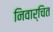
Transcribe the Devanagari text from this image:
निवार्चित